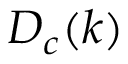
D _ { c } ( k )